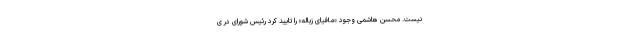
نیست. محسن هاشمی وجود «مافیای زباله» را تایید کرد رئیس شورای در ی